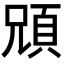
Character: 𩒇